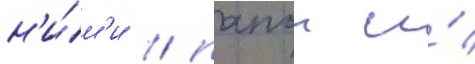
н'и́м'и / папои и́